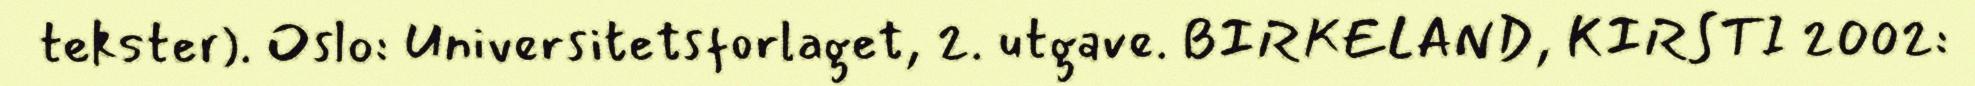
tekster). Oslo: Universitetsforlaget, 2. utgave. BIRKELAND, KIRSTI 2002: